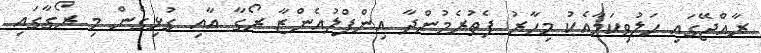
ރާއްޖޭގައި ހަލުވިކަމާއެކު މިހާރު ފެތުރެމުންދާ އިންފްލުއެންޒާ ރޯގާ އާއި ގުޅިގެން މި ރޯގާގައި